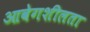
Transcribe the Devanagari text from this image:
आवेगशीलता